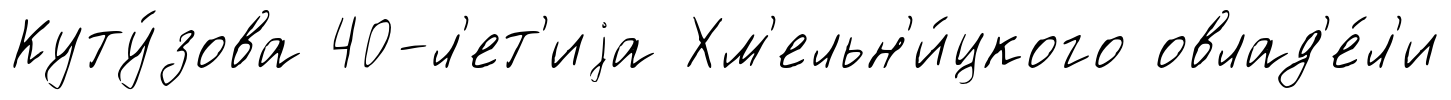
Куту́зова 40-л'ет'иjа Хм'ельн'и́цкого овлад'е́л'и